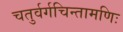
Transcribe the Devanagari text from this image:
चतुर्वर्गचिन्तामणिः